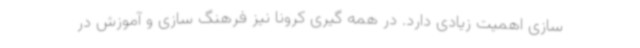
سازی اهمیت زیادی دارد. در همه گیری کرونا نیز فرهنگ سازی و آموزش در